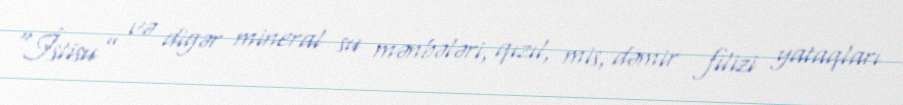
“İstisu” və digər mineral su mənbələri, qızıl, mis, dəmir filizi yataqları